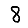
Digit: 8